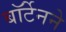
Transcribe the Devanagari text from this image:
बॉर्टेनने